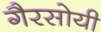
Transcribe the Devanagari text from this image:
गैरसोयी